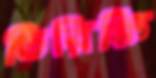
তিরিক্ষি